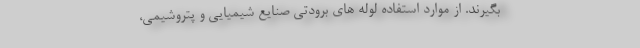
بگیرند. از موارد استفاده لوله های برودتی صنایع شیمیایی و پتروشیمی،